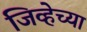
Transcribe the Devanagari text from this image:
जिव्हेच्या